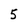
Character: 5